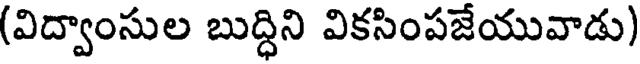
(విద్వాంసుల బుద్ధిని వికసింపజేయువాడు)